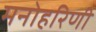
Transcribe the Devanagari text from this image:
मनोहरिणी